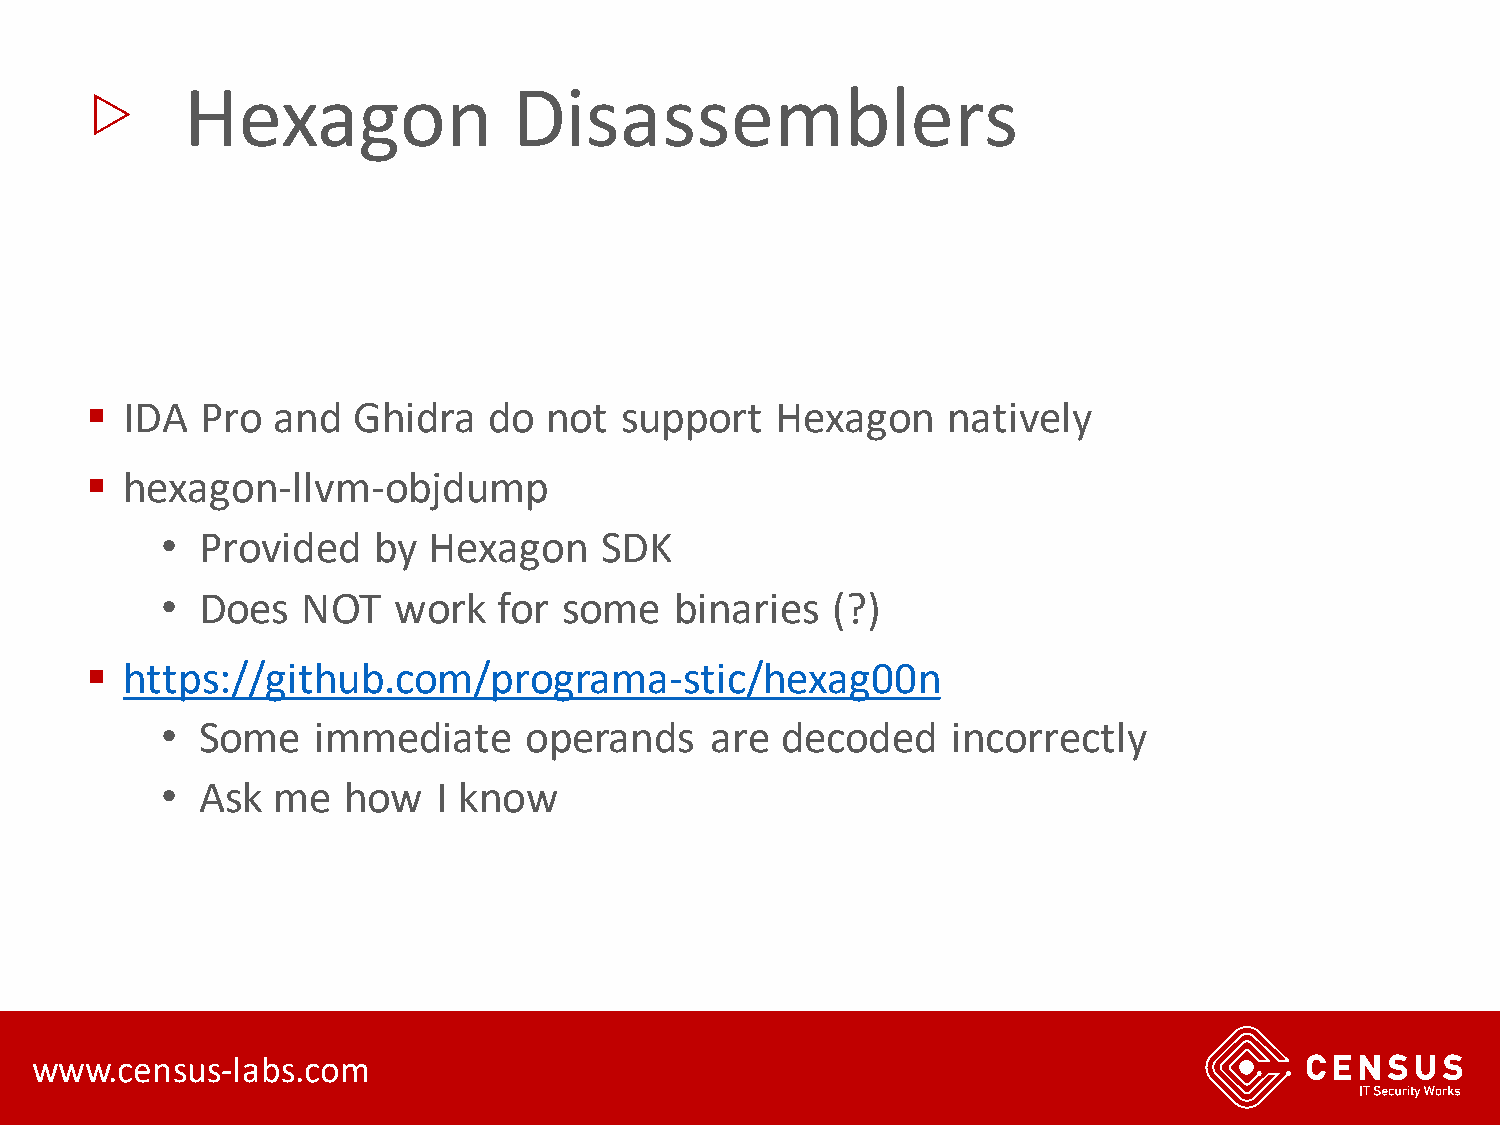
▷
 Hexagon               Disassemblers
 ▪ IDA  Pro  and  Ghidra   do  not  support   Hexagon     natively
 ▪ hexagon-llvm-objdump
 • Provided    by Hexagon     SDK
 • Does   NOT   work   for some    binaries  (?)
 ▪ https://github.com/programa-stic/hexag00n
 • Some    immediate     operands    are  decoded    incorrectly
 • Ask  me   how   I know
 www.census-labs.com